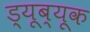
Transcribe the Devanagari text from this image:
ड्यूब्यूक